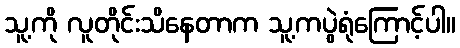
သူ့ကို လူတိုင်းသိနေတာက သူ့ကပွဲရုံကြောင့်ပါ။